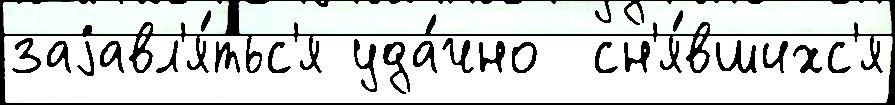
заjавл'я́тьс'я уда́чно  сн'я́вшихс'я